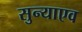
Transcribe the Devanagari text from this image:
सुन्याएव